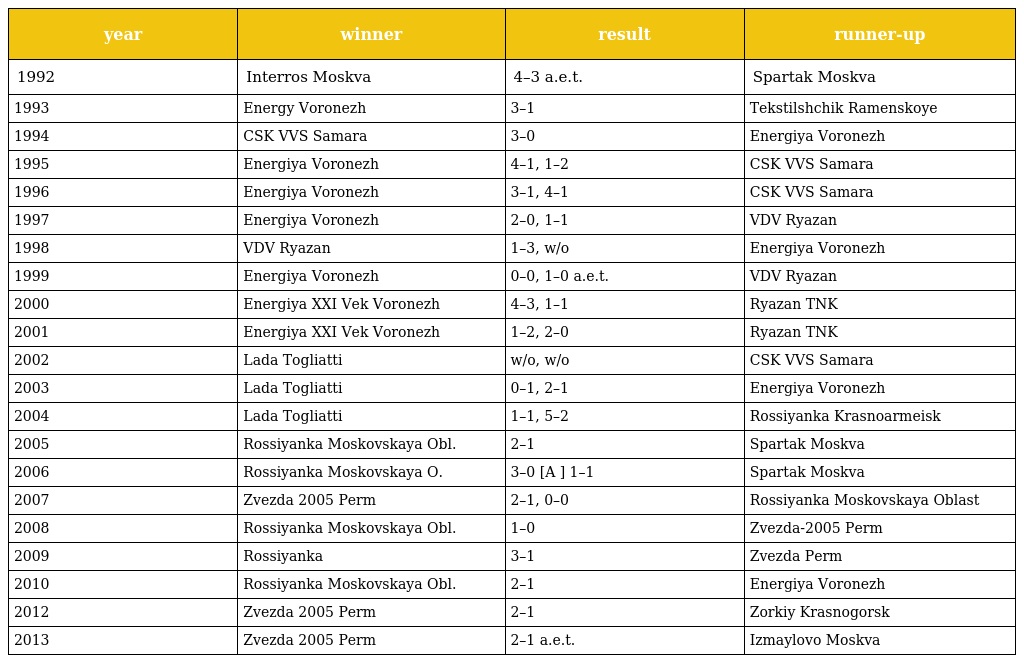
| year | winner | result | runner-up |
 | --- | --- | --- | --- |
 | 1992 | Interros Moskva | 4–3 a.e.t. | Spartak Moskva |
 | 1993 | Energy Voronezh | 3–1 | Tekstilshchik Ramenskoye |
 | 1994 | CSK VVS Samara | 3–0 | Energiya Voronezh |
 | 1995 | Energiya Voronezh | 4–1, 1–2 | CSK VVS Samara |
 | 1996 | Energiya Voronezh | 3–1, 4–1 | CSK VVS Samara |
 | 1997 | Energiya Voronezh | 2–0, 1–1 | VDV Ryazan |
 | 1998 | VDV Ryazan | 1–3, w/o | Energiya Voronezh |
 | 1999 | Energiya Voronezh | 0–0, 1–0 a.e.t. | VDV Ryazan |
 | 2000 | Energiya XXI Vek Voronezh | 4–3, 1–1 | Ryazan TNK |
 | 2001 | Energiya XXI Vek Voronezh | 1–2, 2–0 | Ryazan TNK |
 | 2002 | Lada Togliatti | w/o, w/o | CSK VVS Samara |
 | 2003 | Lada Togliatti | 0–1, 2–1 | Energiya Voronezh |
 | 2004 | Lada Togliatti | 1–1, 5–2 | Rossiyanka Krasnoarmeisk |
 | 2005 | Rossiyanka Moskovskaya Obl. | 2–1 | Spartak Moskva |
 | 2006 | Rossiyanka Moskovskaya O. | 3–0 [A ] 1–1 | Spartak Moskva |
 | 2007 | Zvezda 2005 Perm | 2–1, 0–0 | Rossiyanka Moskovskaya Oblast |
 | 2008 | Rossiyanka Moskovskaya Obl. | 1–0 | Zvezda-2005 Perm |
 | 2009 | Rossiyanka | 3–1 | Zvezda Perm |
 | 2010 | Rossiyanka Moskovskaya Obl. | 2–1 | Energiya Voronezh |
 | 2012 | Zvezda 2005 Perm | 2–1 | Zorkiy Krasnogorsk |
 | 2013 | Zvezda 2005 Perm | 2–1 a.e.t. | Izmaylovo Moskva |